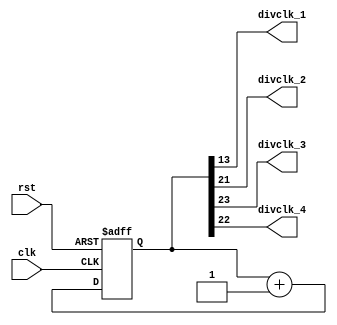
`timescale 1ns / 1ps

module div(divclk_1,divclk_2,divclk_3,divclk_4,clk,rst); // divclk_2 23@

output divclk_1,divclk_2,divclk_3,divclk_4; //divclk_2
input clk,rst;
reg [26:0] divclkcnt;

assign divclk_1  = divclkcnt[13]; //L
assign divclk_2  = divclkcnt[21]; //FSMs
assign divclk_3  = divclkcnt[23]; //s
assign divclk_4  = divclkcnt[22]; //s


always@(posedge clk or negedge rst)begin
    if(~rst)
        divclkcnt = 0;
    else
        divclkcnt = divclkcnt + 1;
end



endmodule